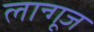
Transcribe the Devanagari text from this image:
लान्गूज